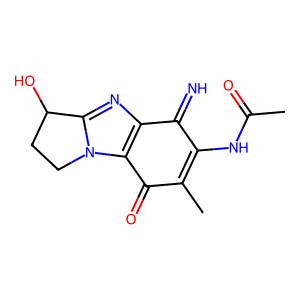
SMILES: CC(=O)NC1=C(C)C(=O)c2c(nc3n2CCC3O)C1=N
Inhibits HIV replication: No